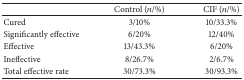
<table><thead><tr><td><b> </b></td><td><b>Control (<i>n</i>/%)</b></td><td><b>CIF (<i>n</i>/%)</b></td></tr></thead><tbody><tr><td>Cured</td><td>3/10%</td><td>10/33.3%</td></tr><tr><td>Significantly effective</td><td>6/20%</td><td>12/40%</td></tr><tr><td>Effective</td><td>13/43.3%</td><td>6/20%</td></tr><tr><td>Ineffective</td><td>8/26.7%</td><td>2/6.7%</td></tr><tr><td>Total effective rate</td><td>30/73.3%</td><td>30/93.3%</td></tr></tbody></table>